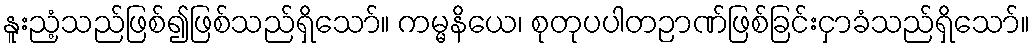
နူးညံ့သည်ဖြစ်၍ဖြစ်သည်ရှိသော်။ ကမ္မနိယေ၊ စုတုပပါတဉာဏ်ဖြစ်ခြင်းငှာခံသည်ရှိသော်။